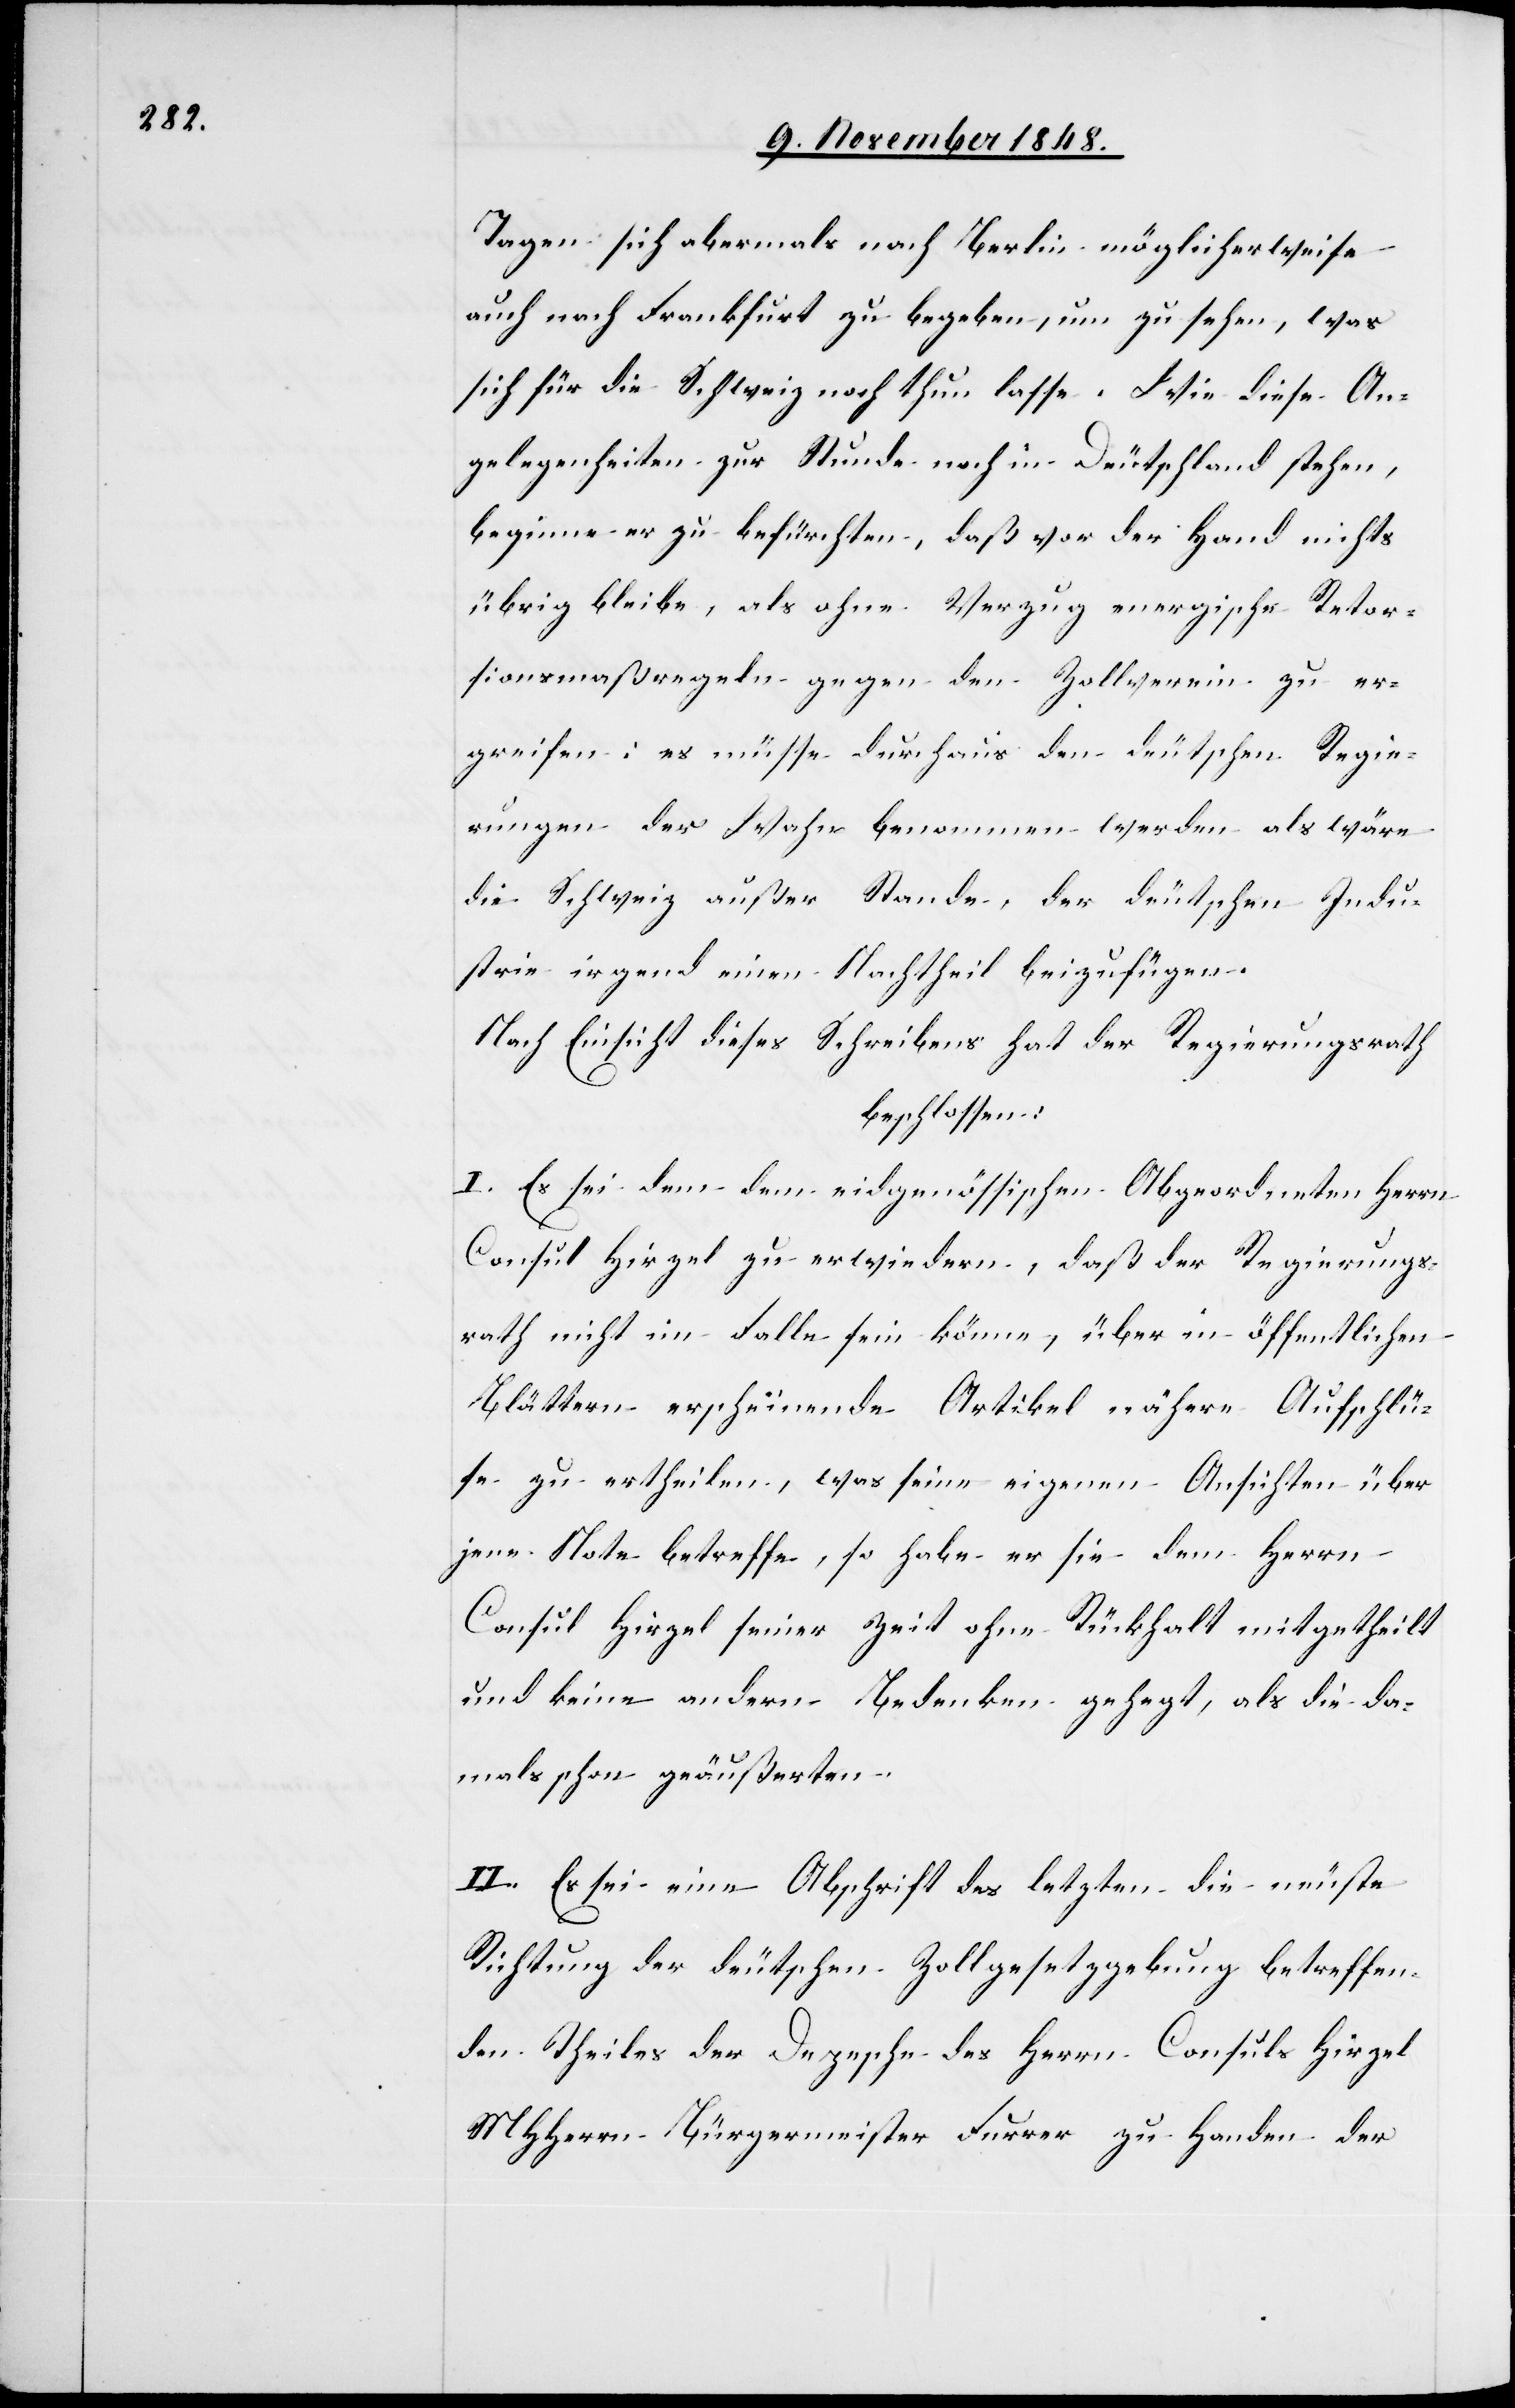
Tagen sich abermals nach Berlin möglicherweise
auch nach Frankfurt zu begeben, um zu sehen, was
sich für die Schweiz noch thun lasse. Wie diese An¬
gelegenheiten zur Stunde noch in Deutschland stehen,
beginne er zu befürchten, daß vor der Hand nichts
übrig bleibe, als ohne Verzug energische Retor¬
sionsmaßregeln gegen den Zollverein zu er¬
greifen: es müsse durchaus den deutschen Regie¬
rungen der Wahn benommen werden als wäre
die Schweiz außer Stande, der deutschen Indu¬
strie irgend einen Nachtheil beizufügen.
Nach Einsicht dieses Schreibens hat der Regierungsrath
beschlossen:
I. Es sei dem dem [sic!] eidgenössischen Abgeordneten Herrn
Consul Hirzel zu erwiedern, daß der Regierungs¬
rath nicht im Falle sein könne, über in öffentlichen
Blättern erscheinende Artikel nähere Aufschlü¬
s[s]e zu ertheilen, was seine eigenen Ansichten über
jene Note betreffe, so habe er sie dem Herrn
Consul Hirzel seiner Zeit ohne Rückhalt mitgetheilt
und keine andern Bedenken gehegt, als die da¬
mals schon geäußerten.
II. Es sei eine Abschrift des letzten die neuste
Richtung der deutschen Zollgesetzgebung betreffen¬
den Theiles der Depesche des Herrn Conuls Hirzel
MHHerrn Bürgermeister Furrer zu Handen der